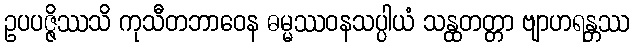
ဥပပဇ္ဇိဿသိ ကုသီတဘာဝေန ဓမ္မဿဝနသပ္ပါယံ သန္ထတတ္တာ ဗျာဟရန္တဿ